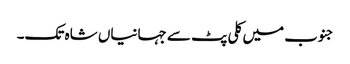
جنوب میں کلی پٹ سے جہانیاں شاہ تک۔